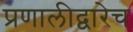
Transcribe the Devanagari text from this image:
प्रणालीद्वारेच